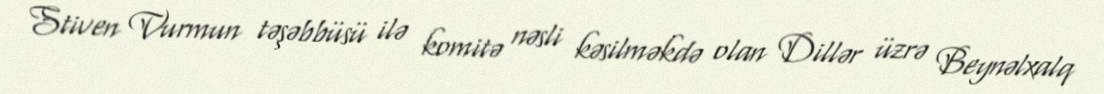
Stiven Vurmun təşəbbüsü ilə komitə nəsli kəsilməkdə olan Dillər üzrə Beynəlxalq